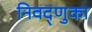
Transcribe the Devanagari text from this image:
निवद्णुका